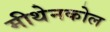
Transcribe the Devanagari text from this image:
मीथेनकोल